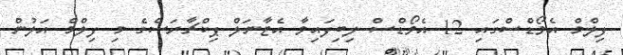
ފިލްމް އެވޯޑްސްގައި 12 އެވޯޑްސް ލިބިފައިވާ އެޓާނަލް ޕިކްޗާރަސްގެ މި ފިލްމް އަލުން